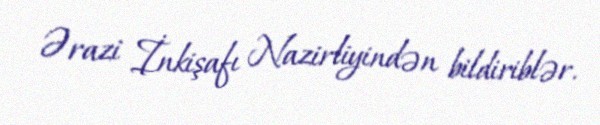
Ərazi İnkişafı Nazirliyindən bildiriblər.